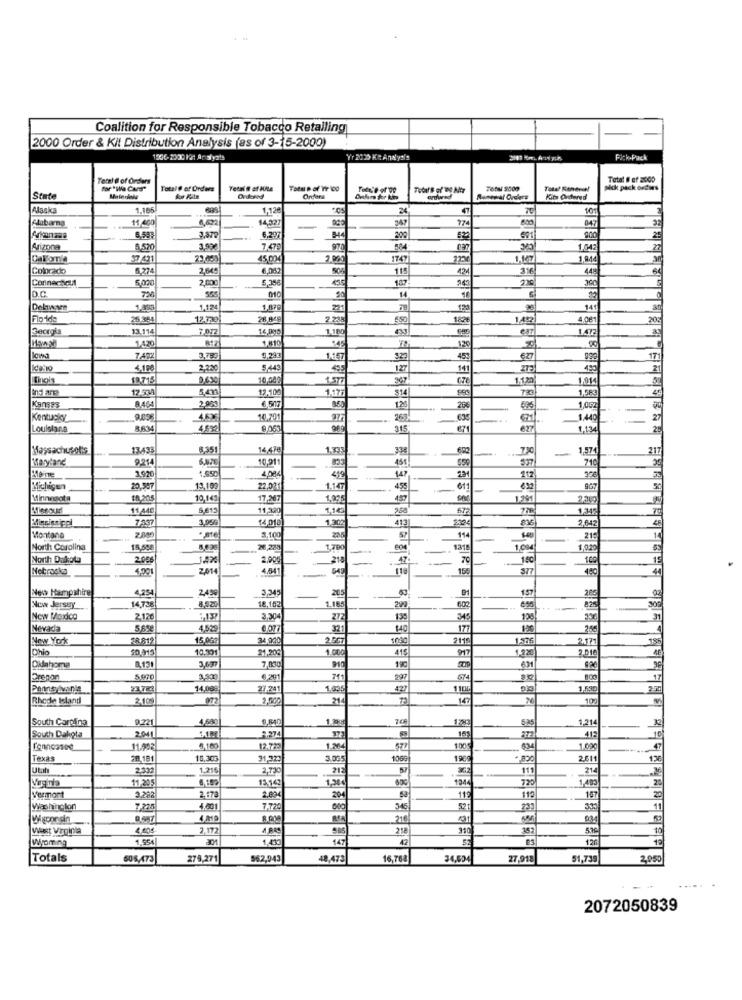
Coalition for Responsible Tobacco Retailing
2000 Order & Kit Distribution Analysis (as of 3-15-2000)
1506-2020 121 Analysts
Vr 2020 Ke Analysis
Fick-Pack
Total d of Orders
Total # ef 2000
for "Wa Cars"
Total @ of Orders
pick pack ordies
State
Ordered
Kits Ordered
Alaska
1.166
1,126
24
47
10
Alubarng
11,400
8,622
4,327
774
B47
32
6.297
=
200
601
25
Arizona
5,520
3.89
7.479
1,042
27
57.431
45.00%
2.090
1747
1.17
1.944
Colorado
5.274
2,645
6,062
115
424
3.18
440
Connecticut
5,000
2,000
187
D.C.
1.895
1.124
1,879
129
141
25.36
12.739
28 848
2.238
4.081
202
Georgia
13.114
7.012
1,180
1.810
145
120
1,420
9.291
7.492
3,783
45%
527
17
4,190
2,220
5,449
495
127
Dois
19.715
10,00
CTE
1.120
1.91
173
12.100
1.177
1.5€
2.90
314
8.464
6,517
1,00g
Kentucky
9.89€
45%
10,201
269
-
27
Louislans
8,634
4,6921
9,063
315
671
627
1,134
25
Massachusotis
13.433
8,351
14,478
334
-
1.574
217
Maryland
9,214
10,91
451
710
1.920
Moine
4,De4
419
--
147
212
Michigan
20,507
13,10
22,001
1.14
45
61
Minnesota
10,20
10,143
17.30
1.291
2219
11 440
6,612
11,32
116
672
1.34
7.537
3,05
14,018
1.302
413
2,642
Montana
3,100
205
114
1
North Carolina
18,55
26,23
804
1318
1,029
North Dakota
2.006
2,00
19
Nebraska
4.001
261
4.841
480
New Hampshire
4.254
2,450
3,345
157
14,738
18.15:
205
-
300
New Jersey
8,820
1.185
200
600
New Maidco
2.126
3.30
272
135
345
120
Nevada
4.529
0,077
321
140
17
New York
FR812
15 0G
34.900
2.007
2115
1.76
Chio
10.015
10,391
21,20%
1.000
415
1.220
2.371
2.01
3.63
Oklahoma
8.131
190
5.870
€,291
M11
297
23722
14,08ª
27.241
1.005
Rhode Island
2.109
972
21
147
100
South Carolina
0,221
4.680
1,214
2.041
16
5.25
South Dakota
412
Tennessee
11.992
9100
12.723
1.204
577
1005
634
1,000
Texas
28,181
10,30
31,32
3.0G
1060
1969
2.611
12
Utun
2.332
1.218
2,730
-
--
111
214
-
11-20
13 14
1.38
134
720
1,403
Virginia
Vermont
3.282
2,173
2.004
20
112
119
107
Washington
7.225
4.001
7-720
521
11
216
West Virginia
4,405-
2.172
218
310
38:
1.954
1.433
147
42
120
19
Wyoming
Totals
605,473
279,271
562,943
48,473
16,768
34.604
27,918
51,739
2,950
2072050839